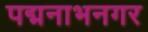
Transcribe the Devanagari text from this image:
पद्मनाभनगर